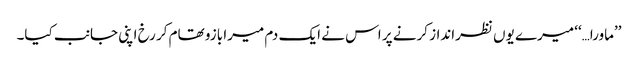
’’ماورا…‘‘ میرے یوں نظرانداز کرنے پر اس نے ایک دم میرا بازو تھام کر رخ اپنی جانب کیا۔